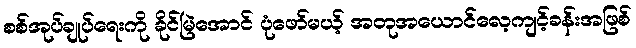
စစ်အုပ်ချုပ်ရေးကို ခိုင်မြဲအောင် ပုံဖော်မယ့် အတုအယောင်လေ့ကျင့်ခန်းအဖြစ်